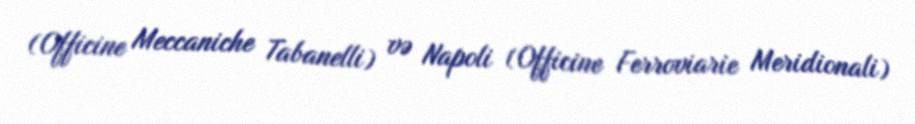
(Officine Meccaniche Tabanelli) və Napoli (Officine Ferroviarie Meridionali)